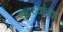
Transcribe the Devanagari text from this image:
मुद्य्यांच्या